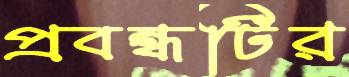
প্রবন্ধটির